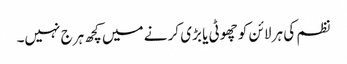
نظم کی ہر لائن کو چھوٹی یا بڑی کر نے میں کچھ ہرج نہیں۔